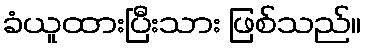
ခံယူထားပြီးသား ဖြစ်သည်။